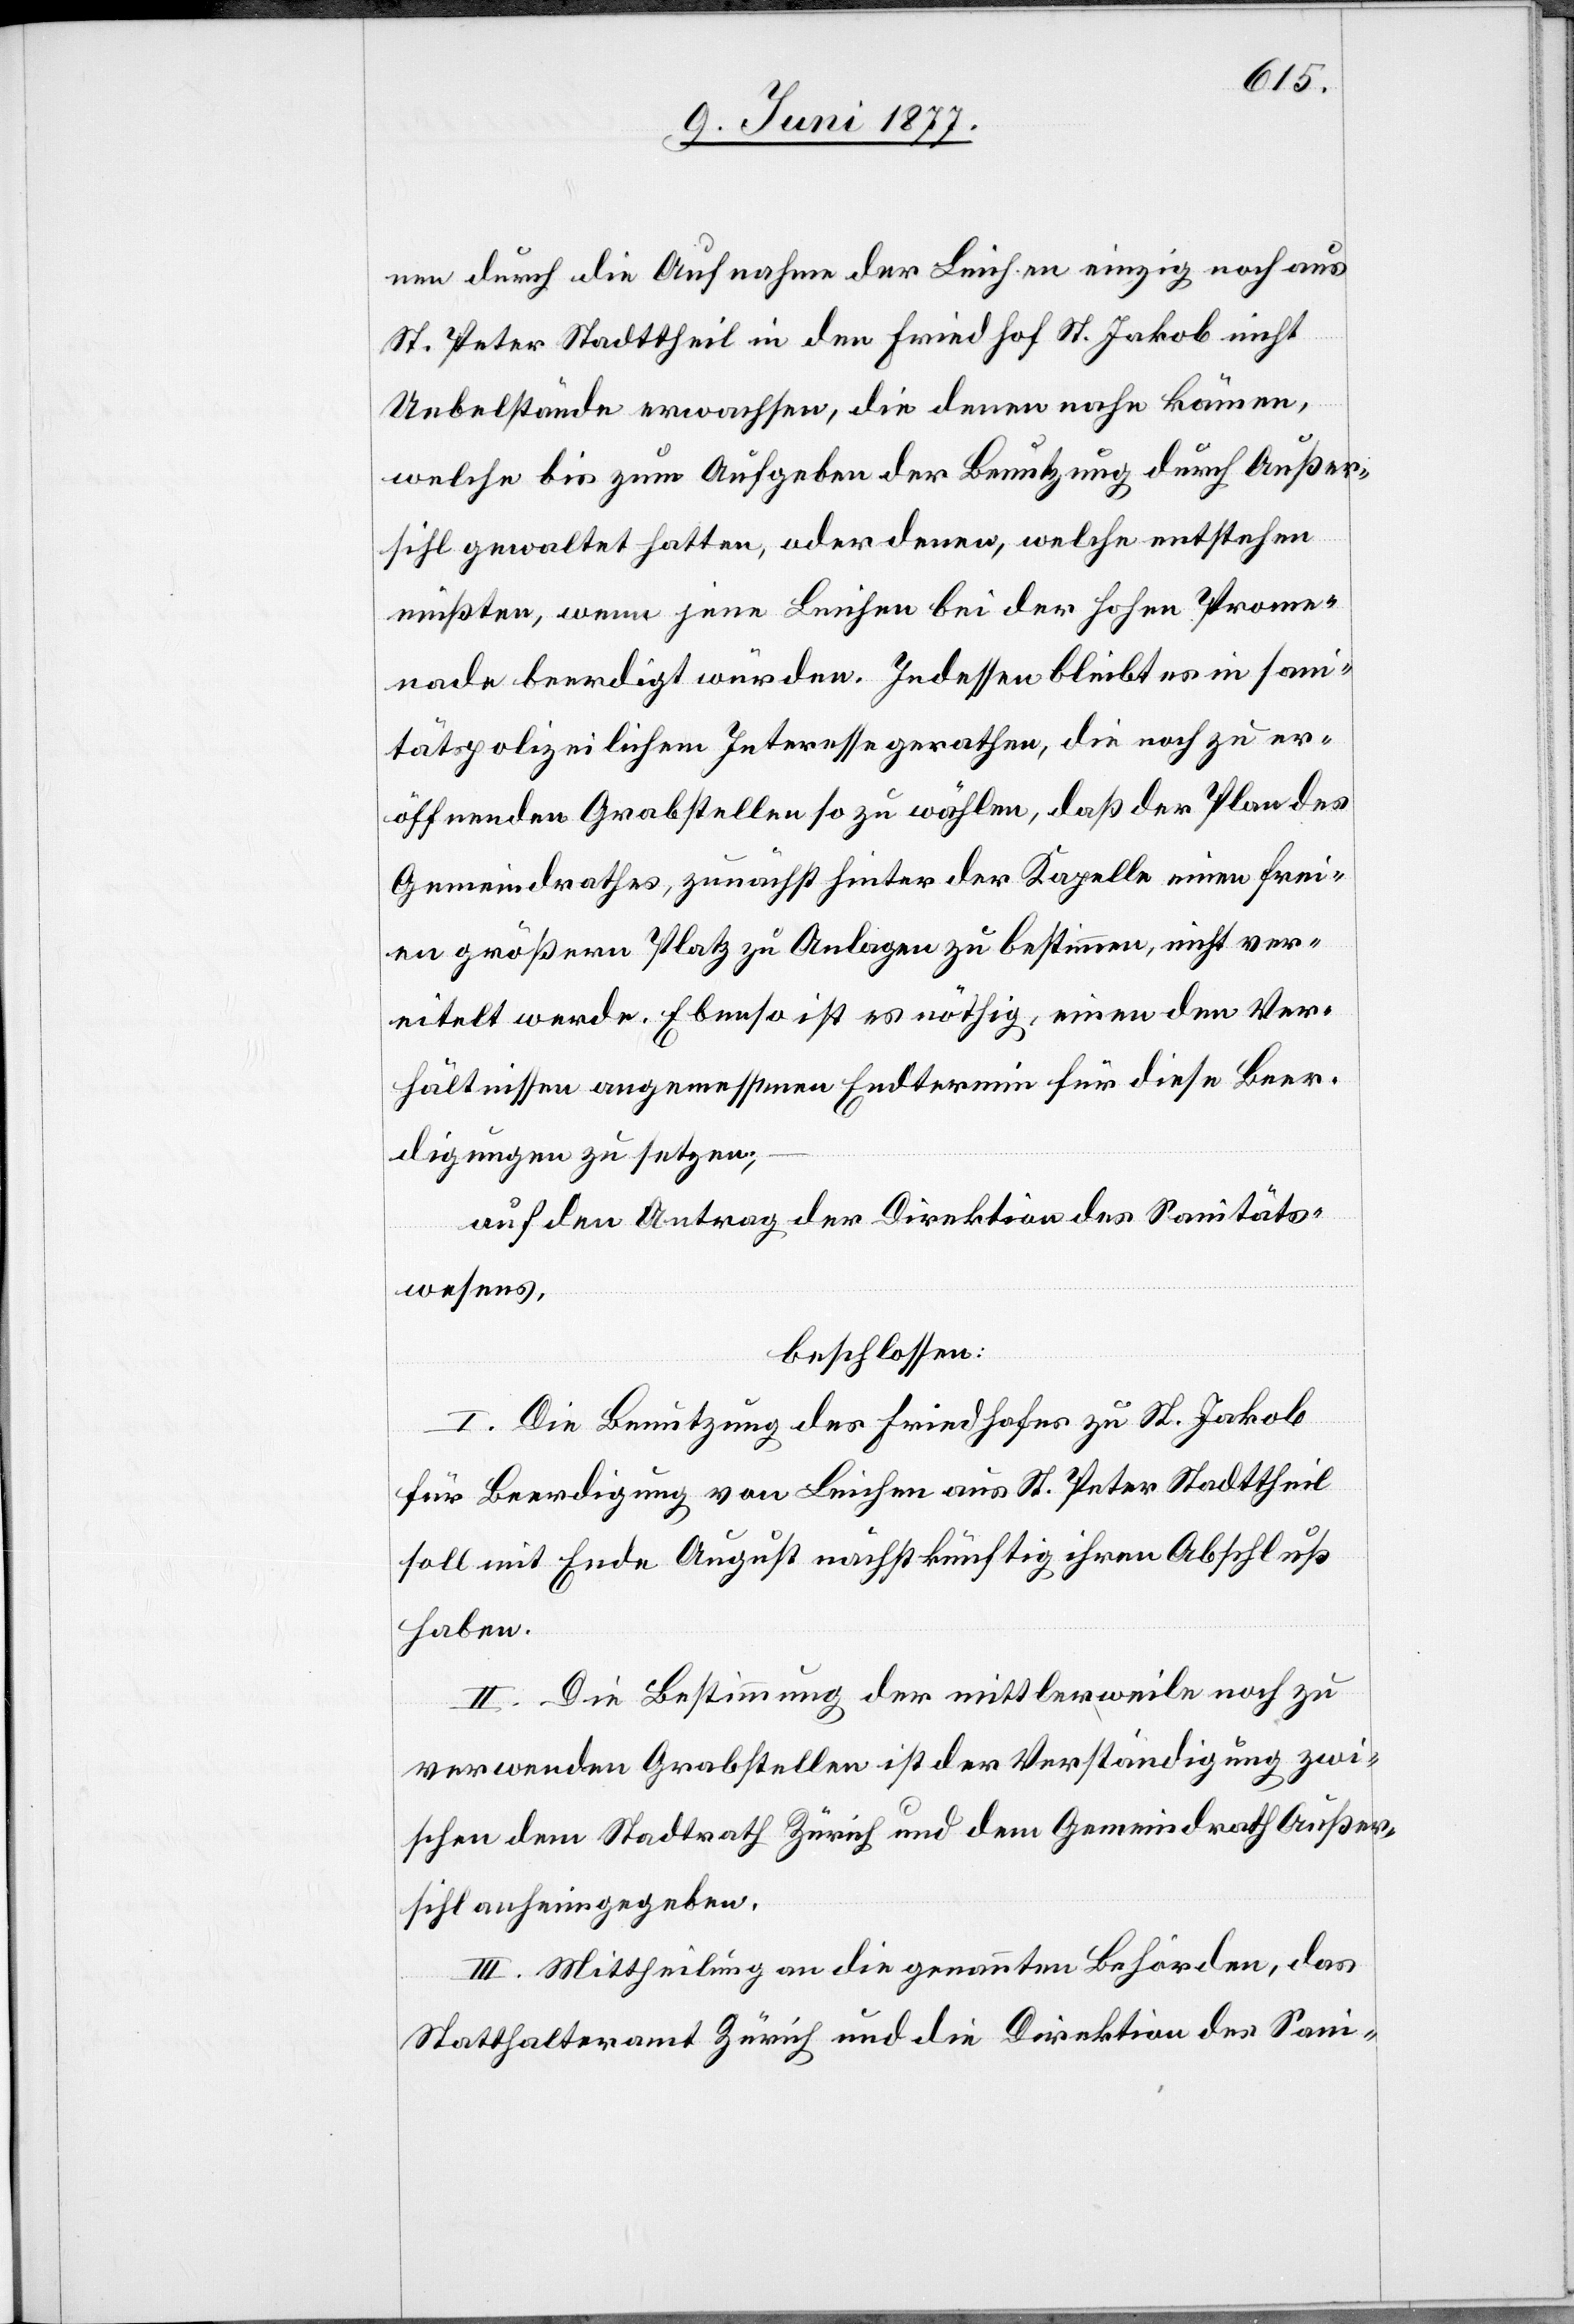
nen durch die Aufnahme der Leichen einzig noch aus
St. Peter Stadttheil in den Friedhof nach St. Jakob nicht
Uebelstände erwachsen, die denen nahe kämen,
welche bis zum Aufgeben der Benutzung durch Außer¬
sihl gewaltet hatten, oder denen, welche entstehen
müßten, wenn jene Leichen bei der hohen Prome¬
nade beerdigt würden. Indessen bleibt es in san¬
itätspolizeilichem Interesse gerathen, die noch zu er¬
öffnenden Grabstellen so zu wählen, daß der Plan des
Gemeindrathes, zunächst hinter der Kapelle einen frei¬
en größern Platz zur Anlage zu bestimmen, nicht ver¬
eitelt werde. Ebenso ist es nöthig, einen den Ver¬
hältnissen angemessenen Endtermin für diese Beer¬
digungen zu setzen;
auf den Antrag der Direktion des Sanitäts¬
wesens,
beschlossen:
I. Die Benutzung des Friedhofes zu St. Jakob
für Beerdigungen von Leichen aus St. Peter Stadttheil
soll mit Ende August nächstkünftig ihren Abschluß
II. Die Bestimmung der mittlerweile noch zu
zwischen dem Stadtrath Zürich und dem Gemeindrath Außer¬
sihl anheimgegeben.
III. Mittheilung an die genannten Behörden, das
Statthalteramt Zürich und die Direktion des Sani-